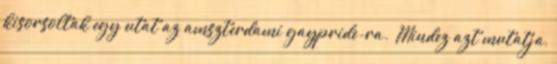
kisorsoltak egy utat az amszterdami gaypride-ra. “Mindez azt mutatja,